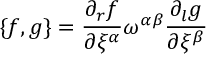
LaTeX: \{ f , g \} = \frac { \partial _ { r } f } { \partial \xi ^ { \alpha } } \omega ^ { \alpha \beta } \frac { \partial _ { l } g } { \partial \xi ^ { \beta } }